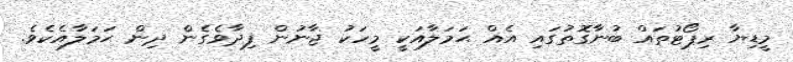
މީޑިޔާ ރިޕޯޓުތައް ބުނާގޮތުގައި އެއް ޙަމަލާއަކީ މީހަކު ޖާނުން ފިދާވެގެން ދިން ޙަމަލާއެކެވެ.